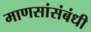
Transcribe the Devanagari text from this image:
माणसांसंबंधी